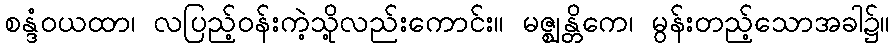
စန္ဒံဝယထာ၊ လပြည့်ဝန်းကဲ့သို့လည်းကောင်း။ မဇ္ဈန္တိကေ၊ မွန်းတည့်သောအခါ၌။